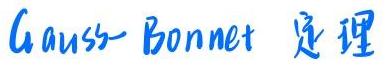
Gauss - Bonnet 定理